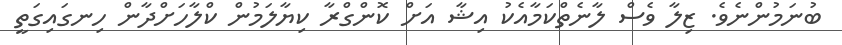
ބުނަމުންނެވެ. ޒިލާ ވެސް ލާނެތްކަމާއެކު އިޝާ އަށް ކޮންގްރާ ކިޔާލަމުން ކްލާހަށްދާން ހިނގައިގަތީ